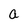
Character: a